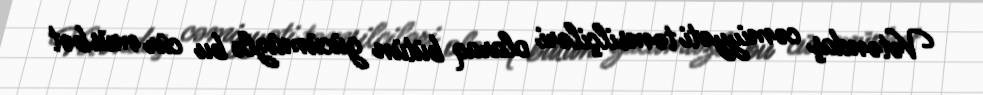
Vətəndaş cəmiyyəti təmsilçiləri olaraq bütün gücümüzlə bu cür müsbət